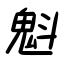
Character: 魁